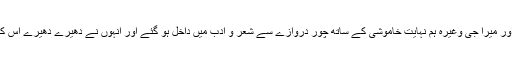
سجاد ظہیر، سعادت حسن منٹو، واجدہ تبسم، عصمت چغتائی، نم راشد اور میرا جی وغیرہ ہم نہایت خاموشی کے ساتھ چور دروازے سے شعر و ادب میں داخل ہو گئے اور انہوں نے دھیرے دھیرے اس کی رگوں میں زہر سرایت کر کے اس کی شکل اور ماہیت ہی بدل ڈالی۔